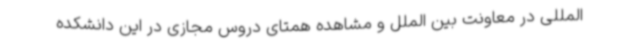
المللی در معاونت بین الملل و مشاهده همتای دروس مجازی در این دانشکده